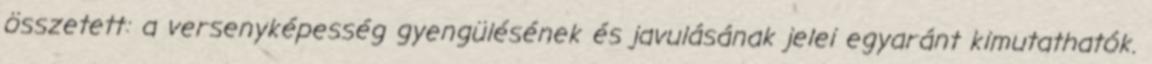
összetett: a versenyképesség gyengülésének és javulásának jelei egyaránt kimutathatók.